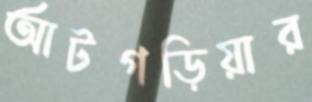
আটগড়িয়ার